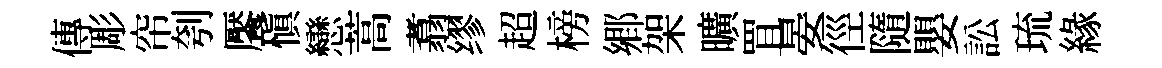
傳彫帘刳饜愼戀蒿翥缪超榜郷架曠罝晏徑隨嬰訟琉緣